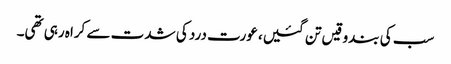
سب کی بندوقیں تن گئیں، عورت درد کی شدت سے کراہ رہی تھی۔